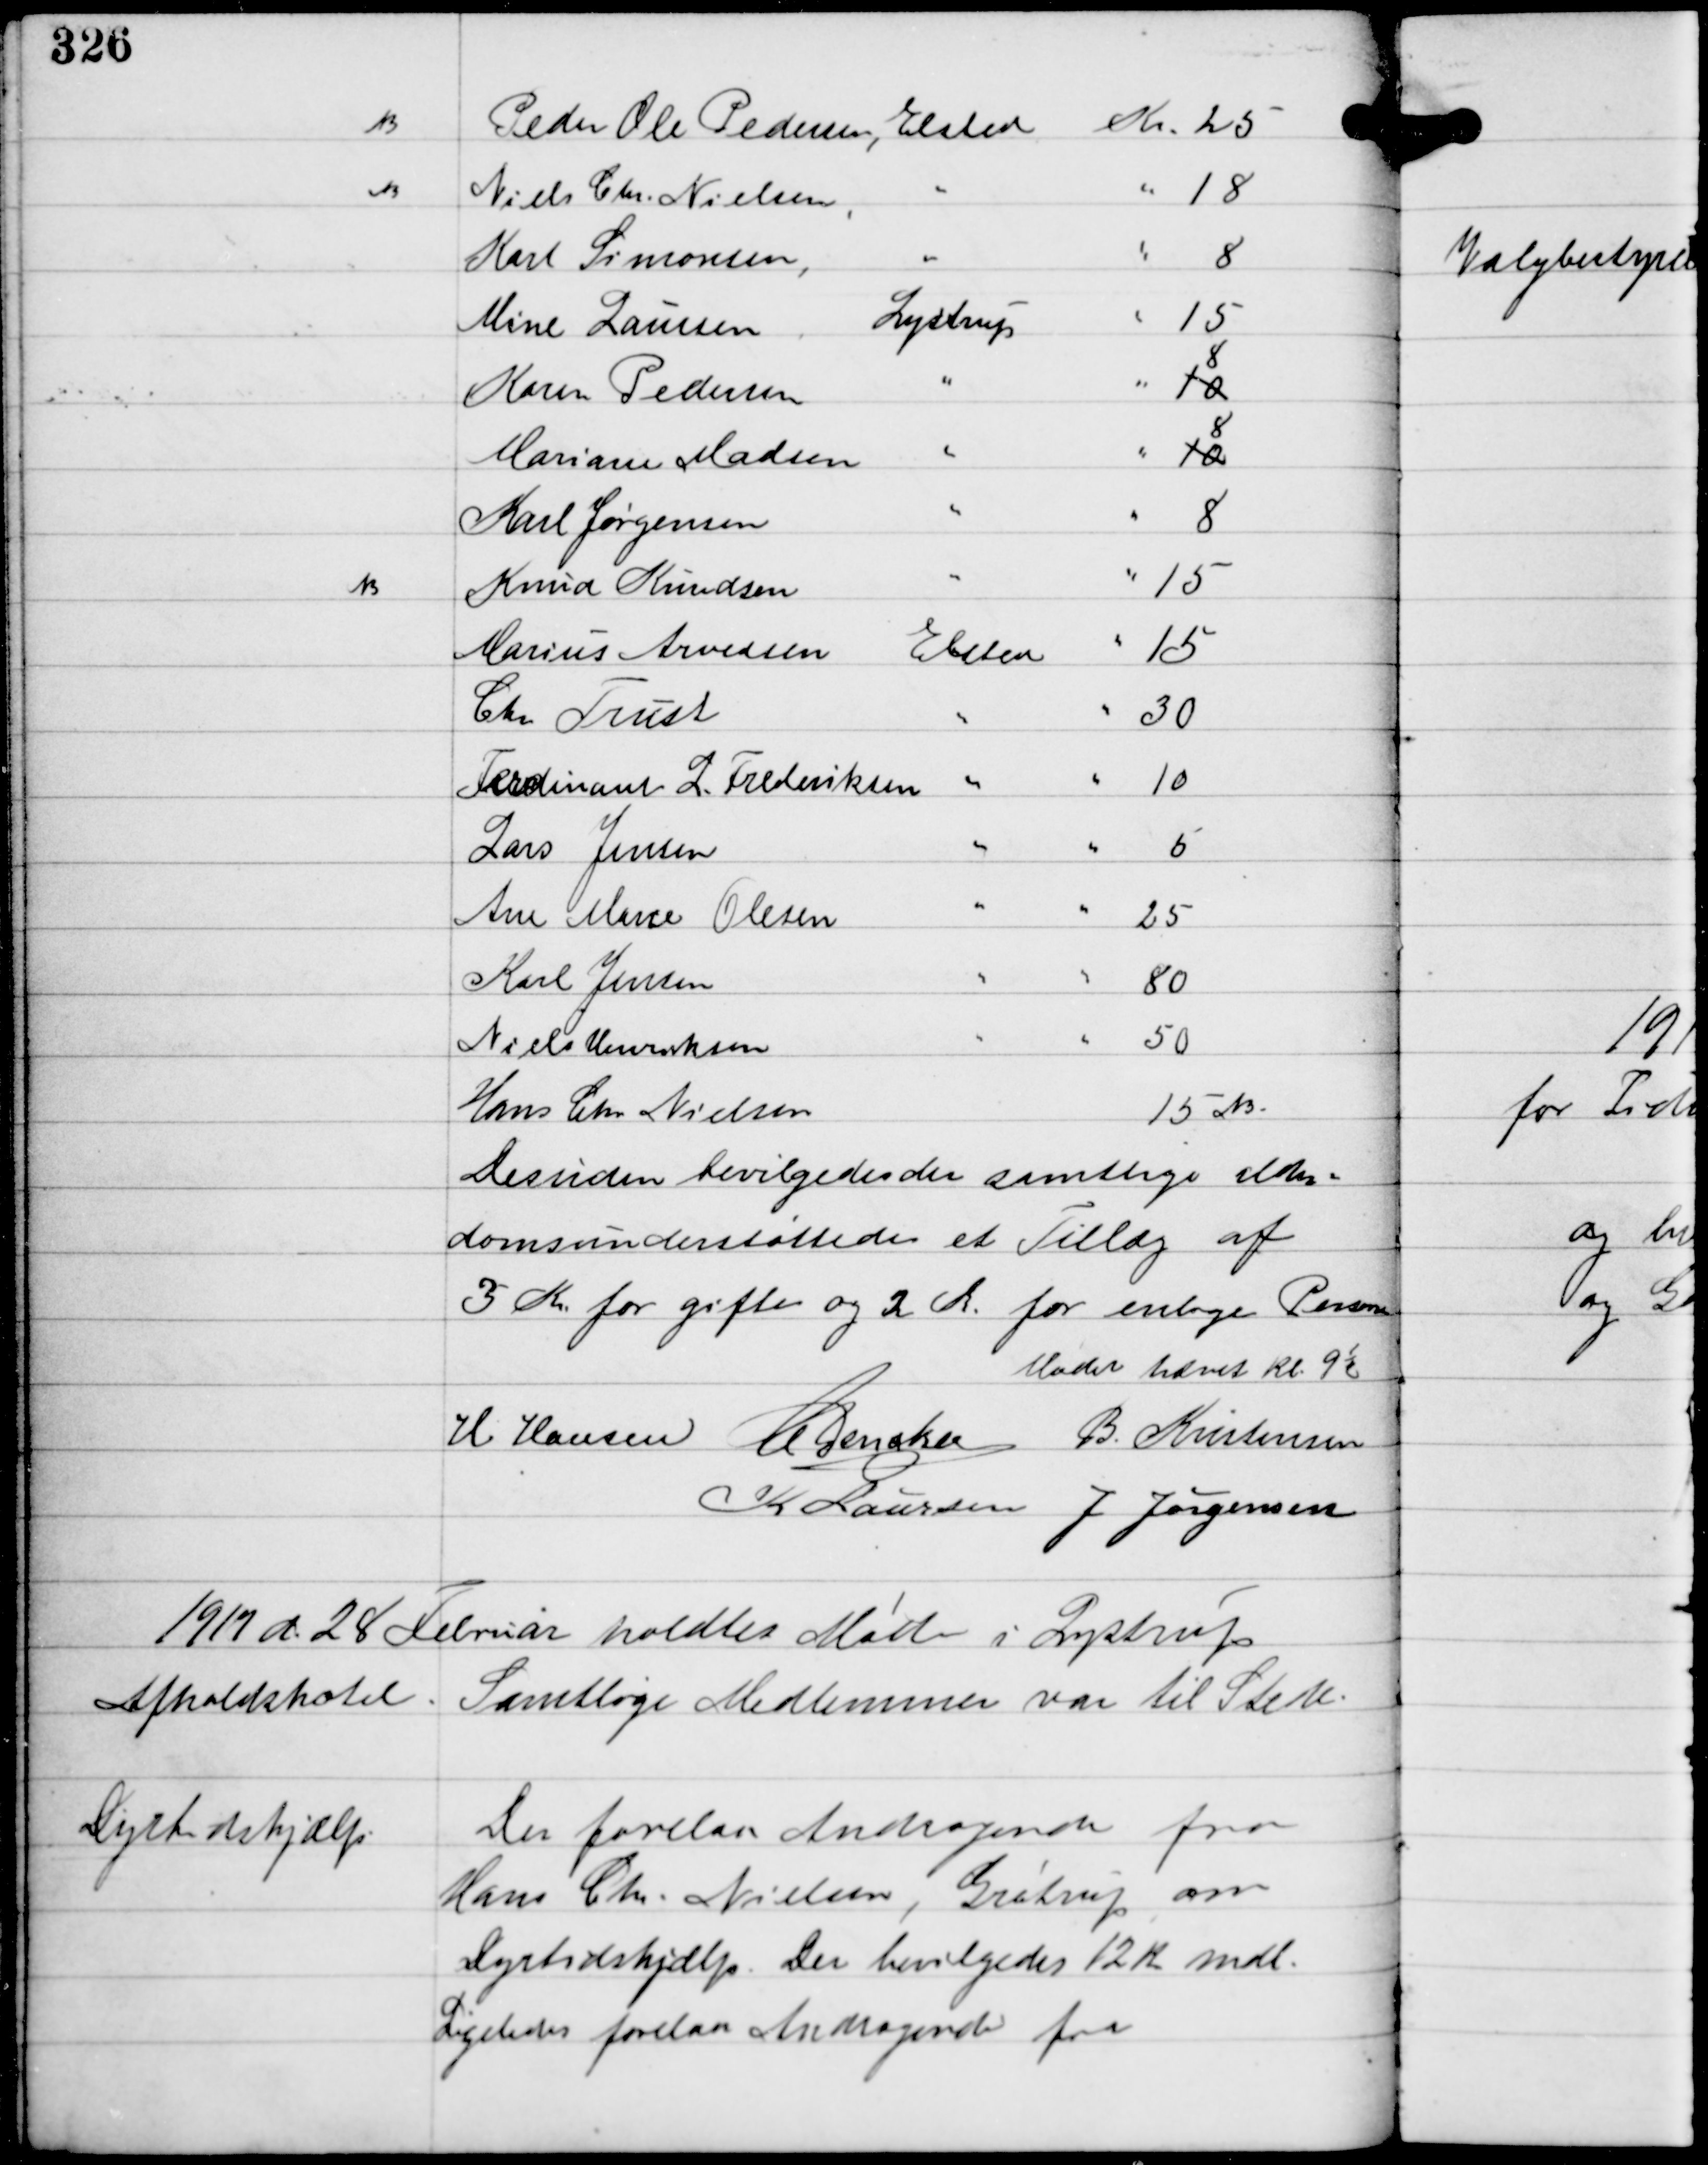
Transskription:
Desuden bevilgede der samtlige alder-
domsunderstøttede et Tillæg af
3 Kr for gifte og 2 Kr for enlige Personer

Mødet hævet Kl 9½
H Hansen C Dencker B. Kristensen
K Laursen J Jørgensen

1917 d. 28 Februar holdtes Møde i Lystrup
Afholdshotel. Samtlige Medlemmer var til Stede.

Dyrtidshjælp

Der forelaa Andragende fra
Hans Chr. Nielsen, Grøtrup om
Dyrtidshjælp. Der bevilgedes 12 Kr mdl.
Ligeledes forelaa Andragende fra